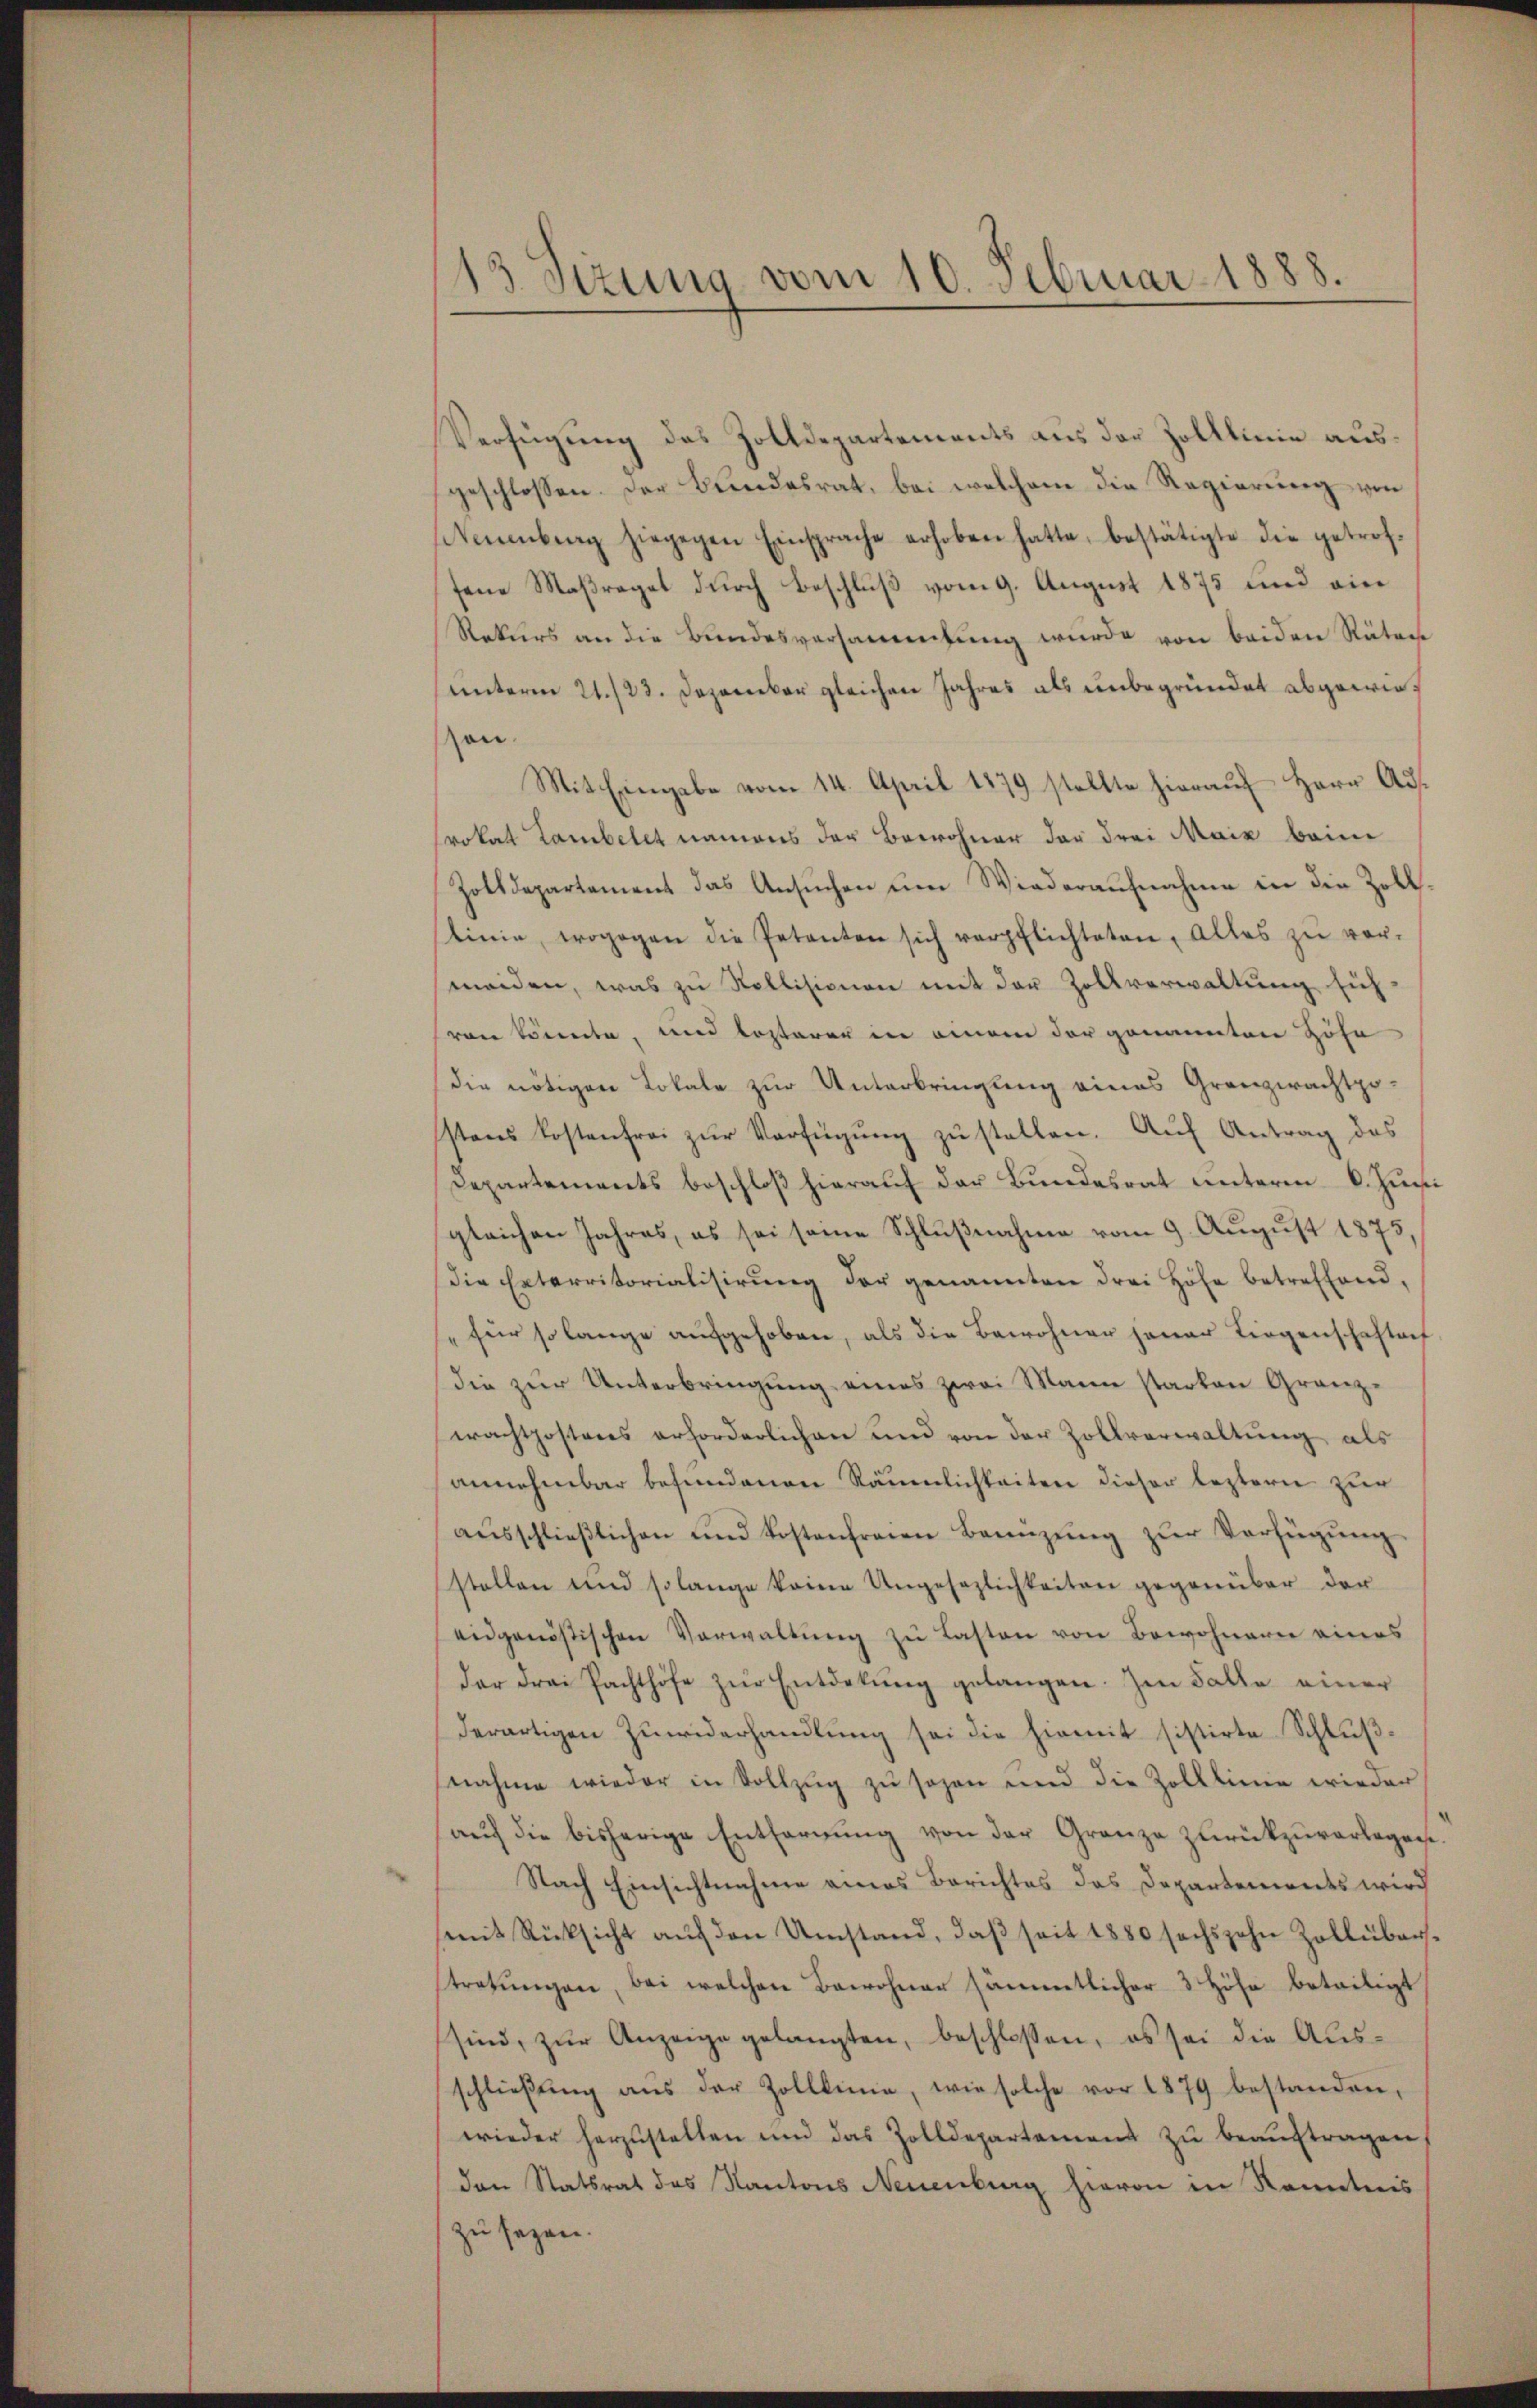
13. Sizung vom 10. Februar 1888.

Verfügung des Zolldepartements aus der Zolllinie ausgeschlossen. Der Bundesrat, bei welchem die Regierung von
Neuenburg hiegegen Einsprache erhoben hatte, bestätigte die getroffene Maßreget durch Beschluß vom 9. August 1875 und ein
Rekurs an die Bundesversammlung wurde von beiden Räten
unterm 21./23. Dezember gleichere Jahres als unbegründet abgewiezon
Mit Eingabe vom 14. April 1879 stellte hierauf Herr Adrokat Lambelet namens der Bewohner der drei Maiz beim
Zolldepartement das Ansuchen um Wiederaufnahme in die Zolllinie, wogegen die Petenten sich verpflichteten, alles zŭ ver-
meiden, was zu Nollisionen mit der Zollverwaltung sich
von könnte, und besterer in einem der genannten Höhe
die nötigen Lokale zur Unterbringung eines Granzwachtpo-
stens Kostenfrei zŭr Verfügŭng zŭ stellen. Aŭf Antrag des
Departements beschloß hieraŭf der Bundesrat unterm 6. Juni
gleichen Jahres, es sei seine Schlußnahme vom 9. August 1875
die Enterritorialisirŭng der genannten drei Höhe betreffend,
für so lange aufgehoben, als die Bewohner jener Liegenschaftenf
die zur Unterbringung eines zwei Mann starken Granzwachtpostens erforderlichen und von der Zollverwaltŭng als
annehmbar befundenen Räumlichkeiten dieser leztern zur
aŭsschlieβlichen und Kostenfreien Bennzŭng zŭr Verfügŭng
stellen und solange keine Ungesezlichkeiten gegenüber der
eidgenößischen Verwaltŭng zŭ lasten von Bewohnern eines
der drei Pachthöfe zŭr Entdekŭng gelangen. Im Falle einer
derartigen Zŭwiderhandlŭng sei die hiemit sistirte Schlŭβ-
nahme wieder in Vollzŭg zŭ sehen und die Zolllinie wieder
auf die bisherige Entfernung von der Granze zurückzuverlegene
Nach Einsichtnahme eines Berichtes das Departements wird
(mit Rücksicht auf den Umstand, daß seit 1880 sechszehn Zollüberstretungen, bei welchen Bewohner sämmtlicher 3 Höhe beteiligt
sind, zŭr Anzeige gelangten, beschlossen, es sei die Ausschlieβŭng aŭs der Zolllinie, wie solche vor 1879 bestanden,
wieder herzustellen und das Zolldepartamens zu beauftragen
den Statsrat das Kantons Neuenburg hievon in Kenntnis
zu sagen.